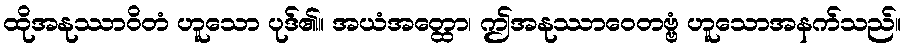
ထိုအနုဿာဝိတံ ဟူသော ပုဒ်၏။ အယံအတ္ထော၊ ဤအနုဿာဝေတဗ္ဗံ ဟူသောအနက်သည်။